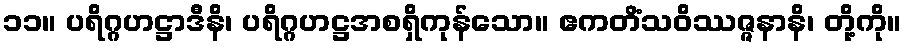
၁၁။ ပရိဂ္ဂဟဋ္ဌာဒီနိ၊ ပရိဂ္ဂဟဋ္ဌအစရှိကုန်သော။ ဧကတိံသဝိဿဇ္ဇနာနိ၊ တို့ကို။